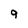
Character: 9